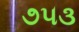
૭૫૩